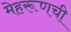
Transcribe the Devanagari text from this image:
मेहरूणची